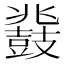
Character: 鼗